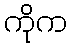
ကိုက